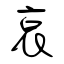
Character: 哀